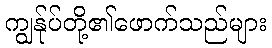
ကျွန်ုပ်တို့၏ဖောက်သည်များ